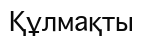
Құлмақты